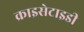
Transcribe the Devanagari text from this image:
क्राइसेटाइडी